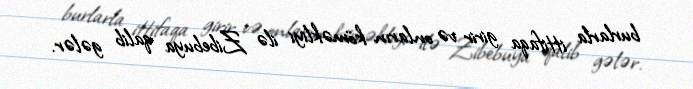
burlarla ittifaqa girir və onların köməkliyi ilə Zibebuya qalib gələr.